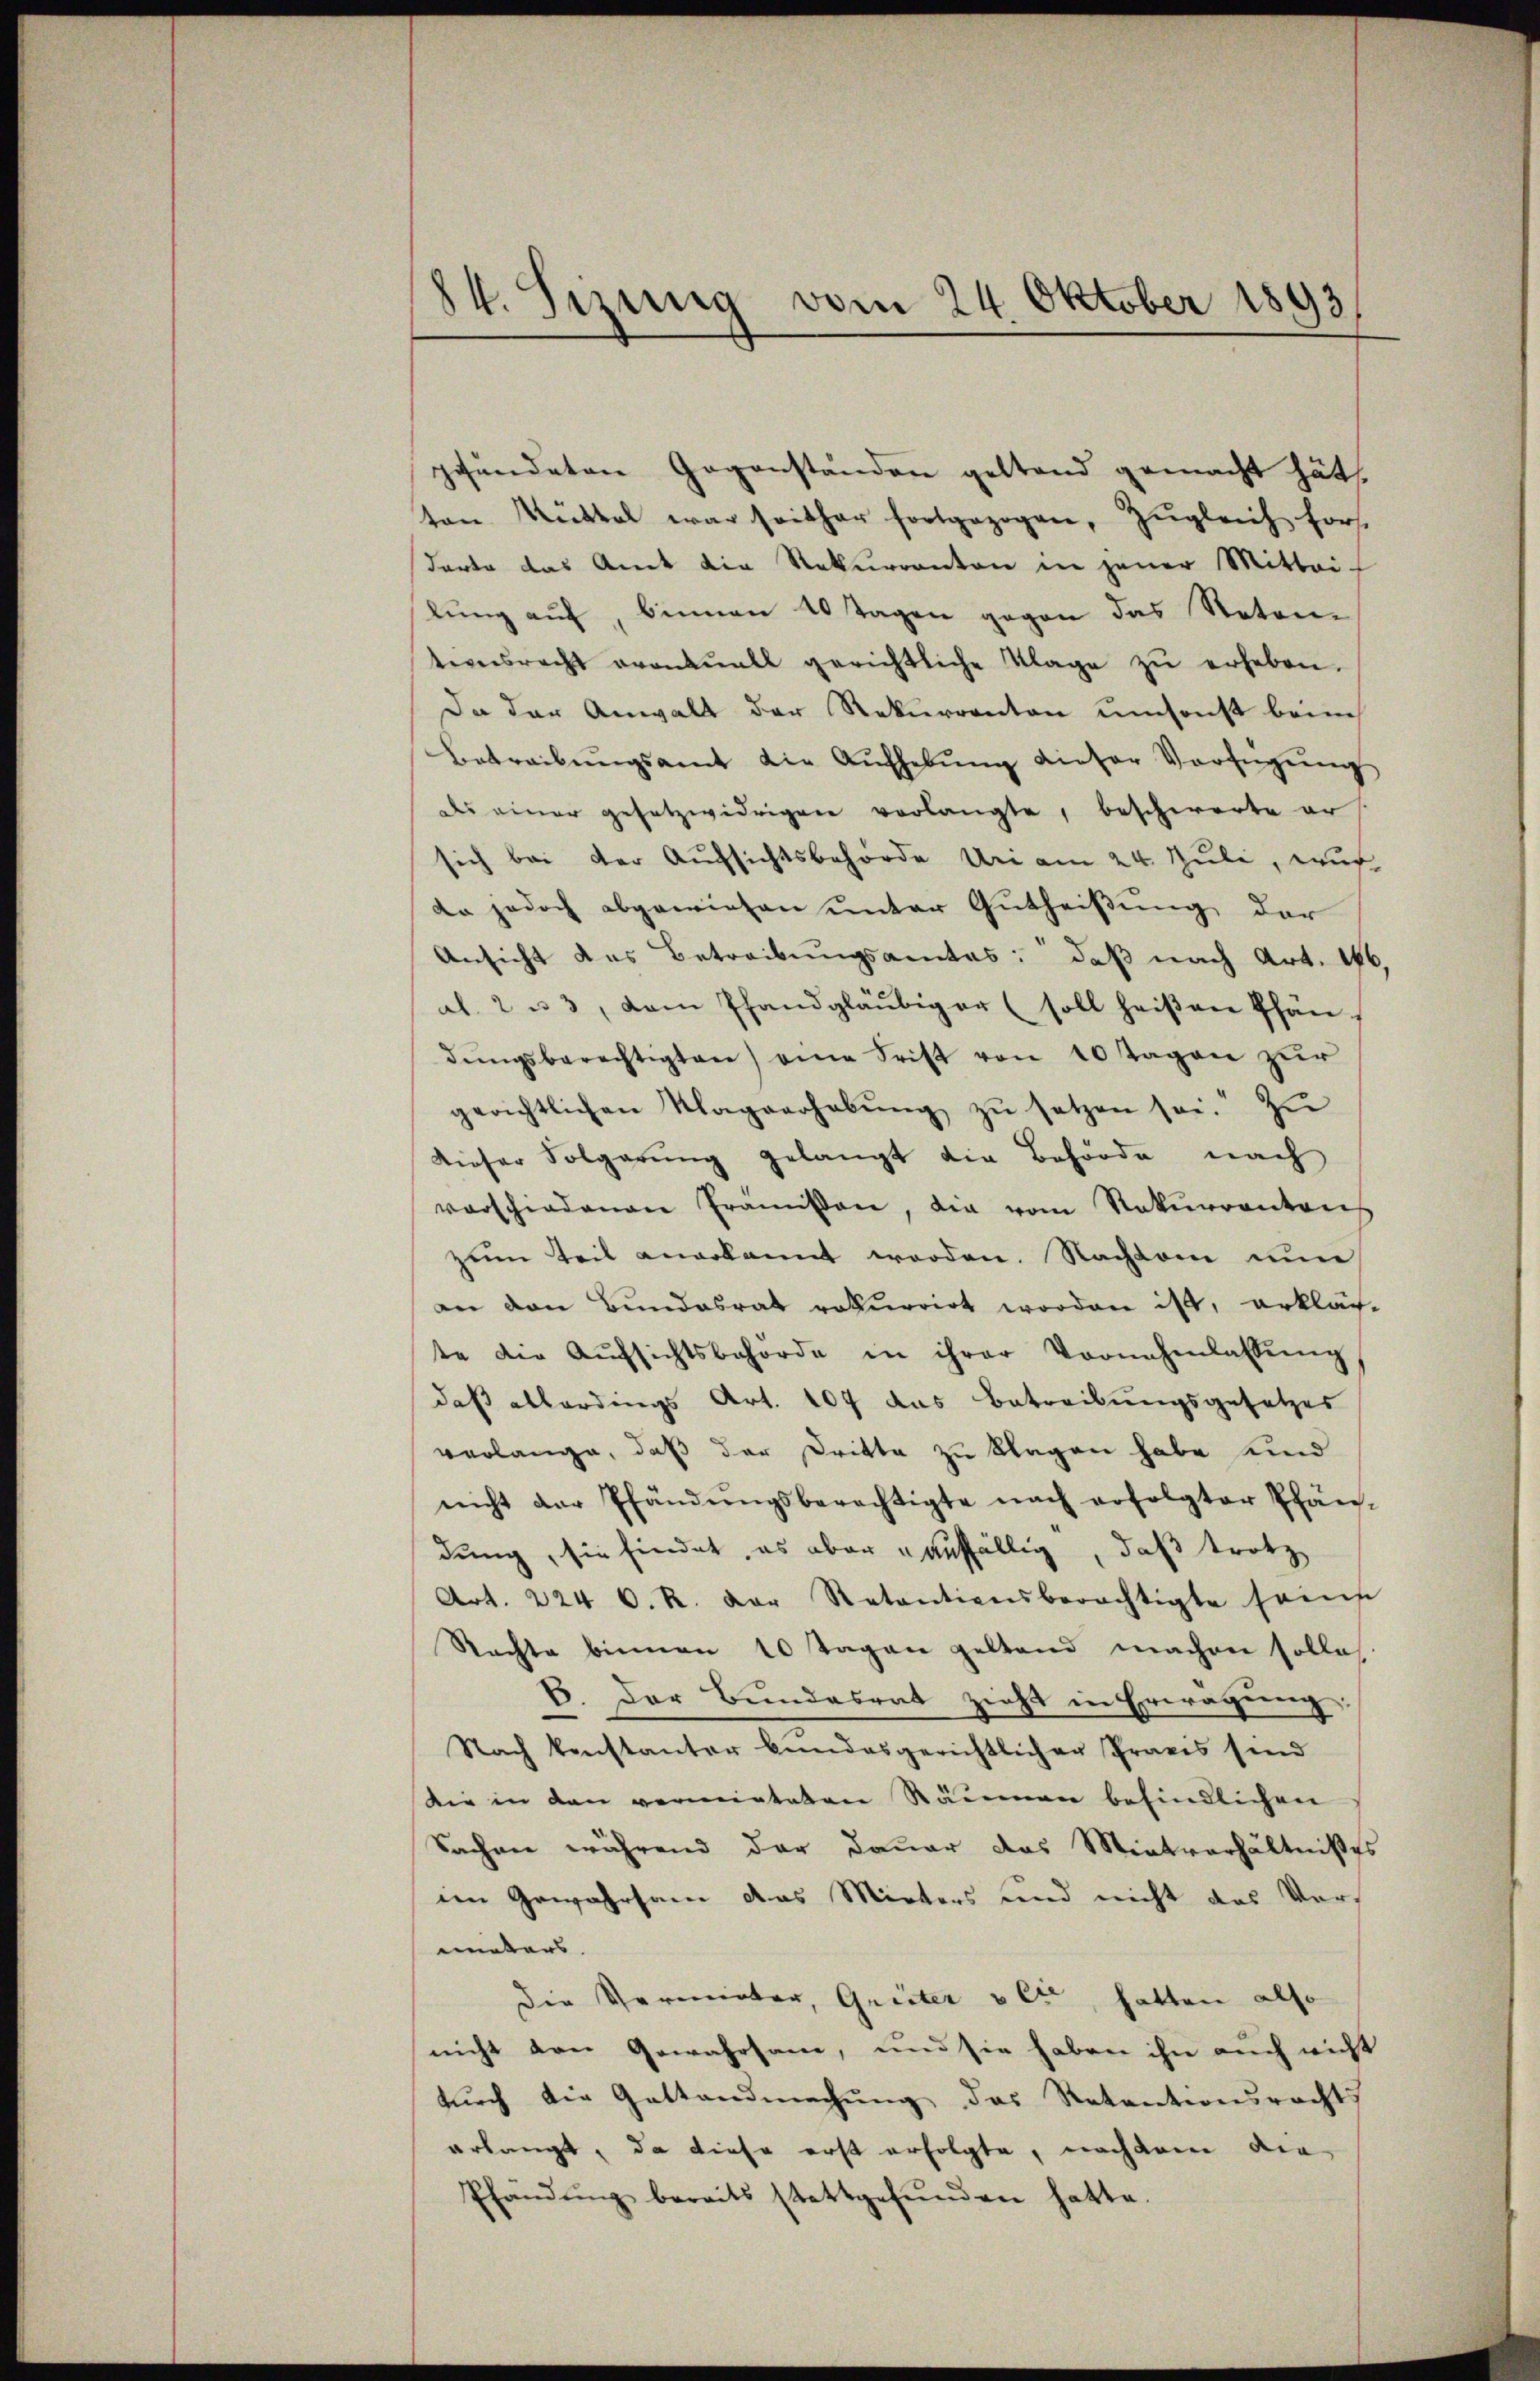
84. Sizung vom 24. Oktober 1893

gefŭndeten Gegenständen gestand gemacht hätt
ton Rüttel war seither fortgezogen, Zŭgleich forst
darte das Amt die Rekurranten in jener Mittei-
lung auf, binnen 10 Tagen gegen das Notar
tionsrecht eventuell gerichtliche Klage zŭ erheben.
Da der Anwalt der Rekurrenten umsonst beim
Betreibŭngsamt die Aŭfhebŭng dieser Verfügŭng
ds einer gesetzwidrigen verlangte, beschwerte ers
sich bei der Aufsichtsbehörde Uri am 24. Juli, wur
da jedoch abgewiesen unter Gutheißung der
Ansicht das Betreibungsamtes: daß nach Art. 146,
al. 2 u 3, dem Pfandgläubiger (soll heißen Pfän-
dŭngsberechtigten) eine Frist von 10 Tagen zŭr
gerichtlichen Klagverhabŭng zŭ setzen sei. Zŭ
dieser Folgerŭng gelangt die Behörde nach
vorschiedenen Tramison, die vom Rekurrentrich
zum Teil angekannt werden. Nachdem nun
an den Bundesrat rekurrirt worden ist, erklär-
te die Aŭfsichtsbehörde in ihrer Vornehmlassŭng
daß allerdings Art. 107 das Betreibungsgesetzes
verlange, daß der Dritte zu klagen habe und
nicht der Pfändŭngsberechtigte nach erfolgter Pfän-
dung, sie findet, es aber auffällig, daß trotz
Art. 224 C. R. der Retentionsberechtigte seine
Rechte binnen 10 Tagen geltend machen solle,
6. Der Bundesrat zieht in Erwägung:
Nach konstanter bundesgerichtlicher Praxis sind
Die in den vormieteten Räumen befindlichen
Sachen während der Dauer das Mietverhältnißes
im Gewahrsam das Mieters und nicht das Vormeters.
Die Vermieter, Greiter & Cie, hatten also
nicht den Gewahrsam, und sie haben ihn auch nicht
durch die Gestandmachung das Retentionsrechts
erlangt, da diese erst erfolgte, nachdem die
Pfändŭng bereits stattgefŭnden hatte.